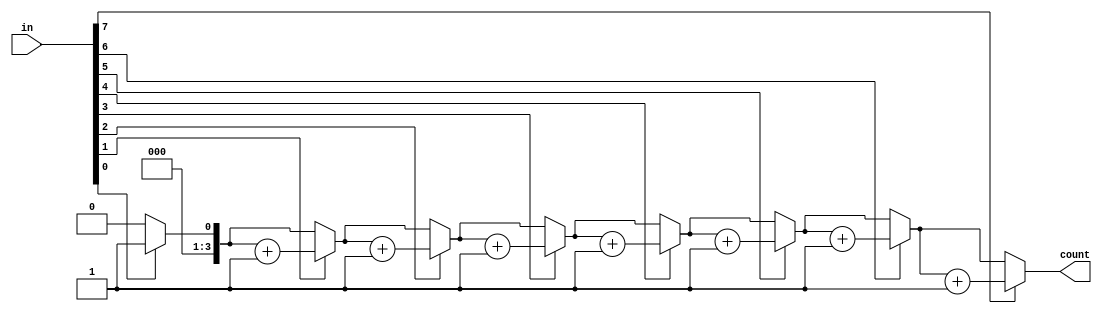
`timescale 1ns / 1ps
//////////////////////////////////////////////////////////////////////////////////
// Company: 
// Engineer: 
// 
// Design Name: 
// Module Name: count_ones
// Project Name: 
// Target Devices: 
// Tool Versions: 
// Description: 
// 
// Dependencies: 
// 
// Revision:
// Revision 0.01 - File Created
// Additional Comments:
// 
//////////////////////////////////////////////////////////////////////////////////


module count_ones(input [7:0] in,
                    output [3:0] count
                    );

function [3:0] count_ones_function(input [7:0] inp);
    integer i;
    begin
    count_ones_function = 0;
        for(i=0;i<8;i=i+1) begin
            if(inp[i]==1'b1) begin
                count_ones_function=count_ones_function+1;
            end
        end
    end
endfunction
assign count = count_ones_function(in);
endmodule